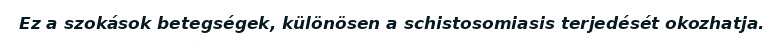
Ez a szokások betegségek, különösen a schistosomiasis terjedését okozhatja.